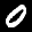
Digit: 0